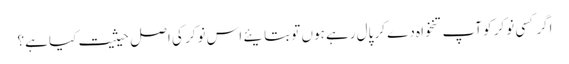
اگر کسی نوکر کو آپ تنخواہ دے کر پال رہے ہوں تو بتایئے اس نوکر کی اصل حیثیت کیا ہے؟